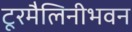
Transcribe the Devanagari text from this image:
टूरमैलिनीभवन